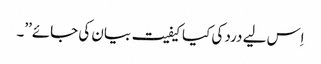
اِس لیے درد کی کیا کیفیت بیان کی جائے\’\’۔